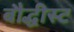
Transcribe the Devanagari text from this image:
बौद्धीस्ट